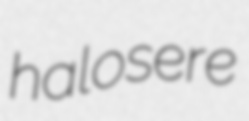
halosere